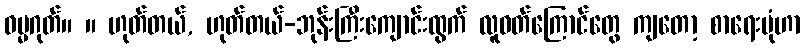
ဓမ္မဂုတ်။ ။ ဟုတ်တယ်, ဟုတ်တယ်-ဘုန်းကြီးကျောင်းထွက် လူဝတ်ကြောင်တွေ ကျတော့ စာရေးပုံဟာ